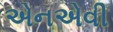
એનએવી